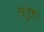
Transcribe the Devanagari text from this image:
संतुष्ट।